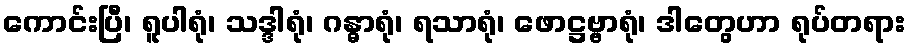
ကောင်းပြီ၊ ရူပါရုံ၊ သဒ္ဒါရုံ၊ ဂန္ဓာရုံ၊ ရသာရုံ၊ ဖောဋ္ဌဗ္ဗာရုံ၊ ဒါတွေဟာ ရုပ်တရား